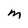
Character: M